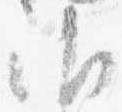
御